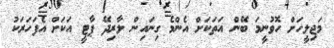
މަޖިލީހަށް ހޮވުނީމަ ބޭނުް އަތަކަށް އެންމެ ގިނައިން ލާރިދޭ ޕާޓީ އަކަށް އެފަހަރަކު